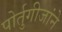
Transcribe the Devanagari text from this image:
पोर्तुगीजांने